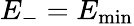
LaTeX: E_{-}=E_{\operatorname*{min}}